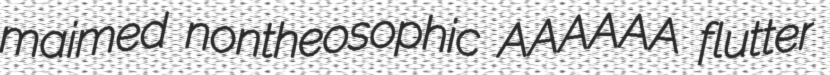
maimed nontheosophic AAAAAA flutter